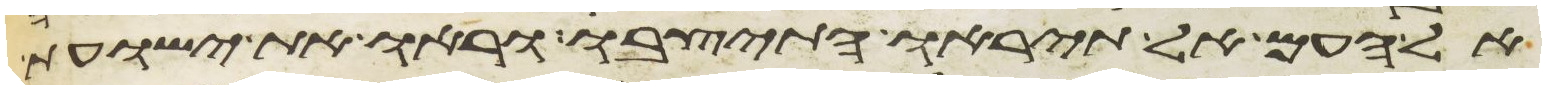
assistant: אל העם אל תיראו התיצבו וראו את ישועת